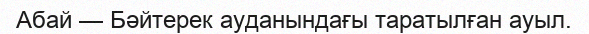
Абай — Бәйтерек ауданындағы таратылған ауыл.